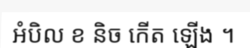
អំបិល ខ និច កើត ឡើង ។